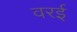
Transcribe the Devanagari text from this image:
वरई